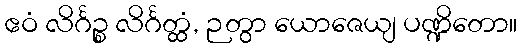
ဧဝံ လိင်္ဂဉ္စ လိင်္ဂတ္ထံ, ဉတွာ ယောဇေယျ ပဏ္ဍိတော။